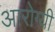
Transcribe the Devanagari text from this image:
आरोग्यी